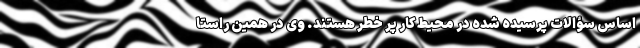
اساس سؤالات پرسیده شده در محیط کار پر خطر هستند. وی در همین راستا